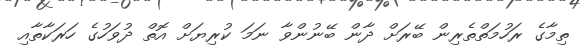
ތިމާގެ ރަހުމަތްތެރިން ބޭރަށް ދާން ބޭނުންވާ ނަމަ ކުރިޔަށް އޮތް ދުވަހުގެ ހަރަކާތާއި